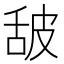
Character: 𰯿